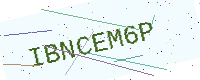
Text: IBNCEM6P